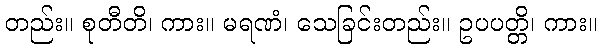
တည်း။ စုတီတိ၊ ကား။ မရဏံ၊ သေခြင်းတည်း။ ဥပပတ္တိ၊ ကား။